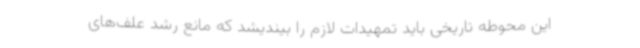
این محوطه تاریخی باید تمهیدات لازم را بیندیشد که مانع رشد علف‌های